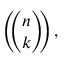
\left( \! \! { \binom { n } { k } } \! \! \right) ,